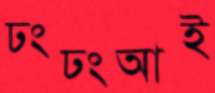
ঢংঢংআই